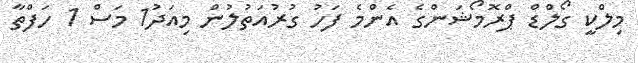
މިލްކީ ގޯލްޑް ޕްރޮމޯޝަންގެ އެންމެ ފަހު ގުރުއަތުލުން މިއަދު1 މަސް 1 ހަފްތާ